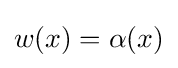
w(x)=\alpha (x)